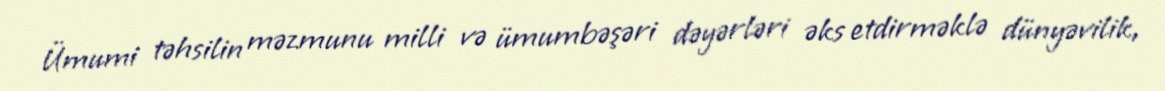
Ümumi təhsilin məzmunu milli və ümumbəşəri dəyərləri əks etdirməklə dünyəvilik,